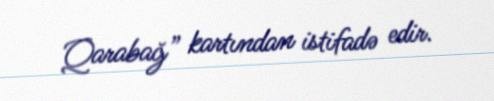
Qarabağ” kartından istifadə edir.